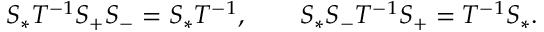
S _ { * } T ^ { - 1 } S _ { + } S _ { - } = S _ { * } T ^ { - 1 } , \qquad S _ { * } S _ { - } T ^ { - 1 } S _ { + } = T ^ { - 1 } S _ { * } .